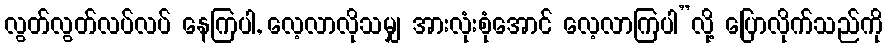
လွတ်လွတ်လပ်လပ် နေကြပါ, လေ့လာလိုသမျှ အားလုံးစုံအောင် လေ့လာကြပါ”လို့ ပြောလိုက်သည်ကို